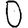
Digit: 0